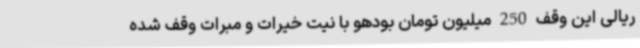
ریالی این وقف 250 میلیون تومان بودهو با نیت خیرات و مبرات وقف شده